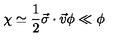
\chi \simeq \frac { 1 } { 2 } \vec { \sigma } \cdot \vec { v } \phi \ll \phi